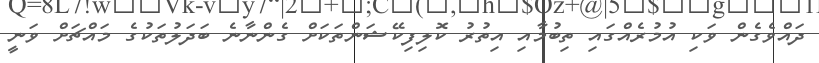
ދައްވެގެން ވަކި އުމުރެއްގައި ތިބުމާއި އިތުރު ކޮލިފިކޭޝަންތަކަށް ގެންނާނެ ބަދަލުތަކުގެ މައްޗަށް ވަނީ